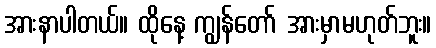
အားနာပါတယ်။ ထိုနေ့ ကျွန်တော် အားမှာမဟုတ်ဘူး။